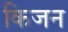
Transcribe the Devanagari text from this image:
किजन